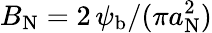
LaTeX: B_{\mathrm{N}}=2\, \psi_{\mathrm{b}}/(\pi a_{\mathrm{N}}^{2})